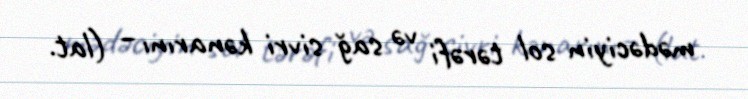
mədəciyin sol tərəfi və sağ sivri kənarını – (lat.